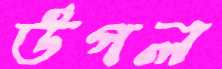
উপল